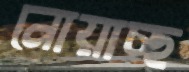
নোয়াচ্ছ